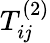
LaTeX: T_{i\mathit{j}}^{\left(2\right)}